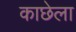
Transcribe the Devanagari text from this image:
काछेला